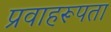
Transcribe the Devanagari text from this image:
प्रवाहरूपता